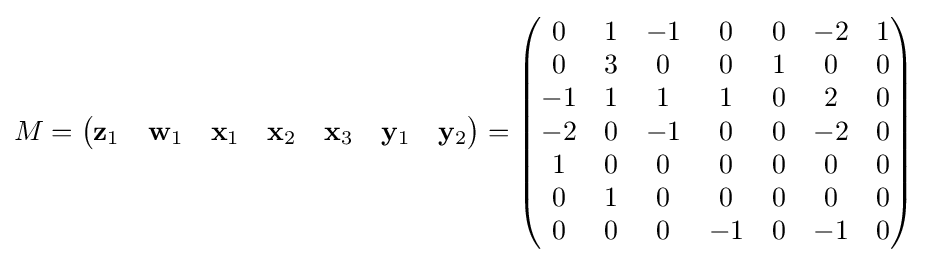
M={\begin{pmatrix}\mathbf {z} _{1}&\mathbf {w} _{1}&\mathbf {x} _{1}&\mathbf {x} _{2}&\mathbf {x} _{3}&\mathbf {y} _{1}&\mathbf {y} _{2}\end{pmatrix}}={\begin{pmatrix}0&1&-1&0&0&-2&1\\0&3&0&0&1&0&0\\-1&1&1&1&0&2&0\\-2&0&-1&0&0&-2&0\\1&0&0&0&0&0&0\\0&1&0&0&0&0&0\\0&0&0&-1&0&-1&0\end{pmatrix}}